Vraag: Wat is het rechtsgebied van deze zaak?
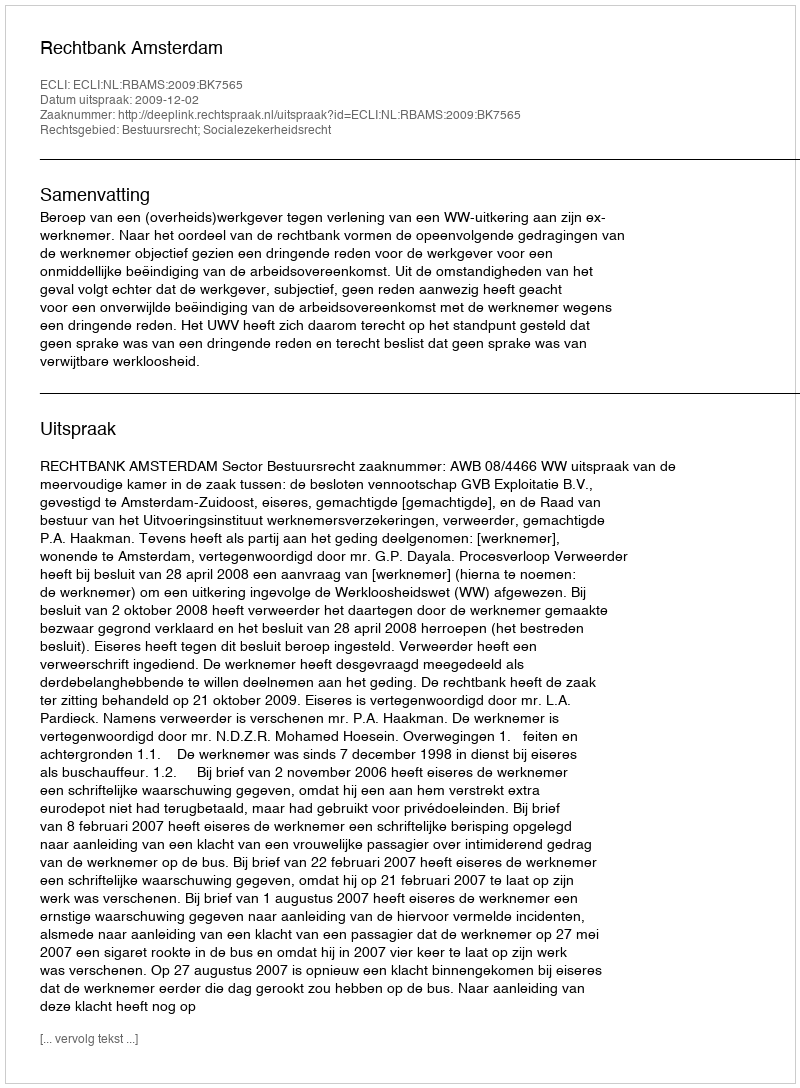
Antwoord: Bestuursrecht; Socialezekerheidsrecht